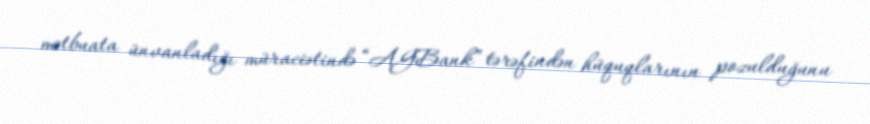
mətbuata ünvanladığı müraciətində “AGBank” tərəfindən hüquqlarının pozulduğunu